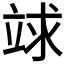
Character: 𥪆